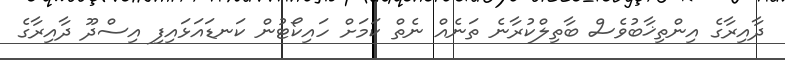
ދާއިރާގެ އިންތިޚާބުވެސް ބާތިލްކުރާނެ ތަނެއް ނެތް ކަމަށް ހައިކޯޓުން ކަނޑައަޅައިފި އިސްދޫ ދާއިރާގެ